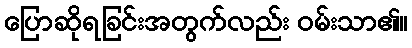
ပြောဆိုရခြင်းအတွက်လည်း ဝမ်းသာ၏။